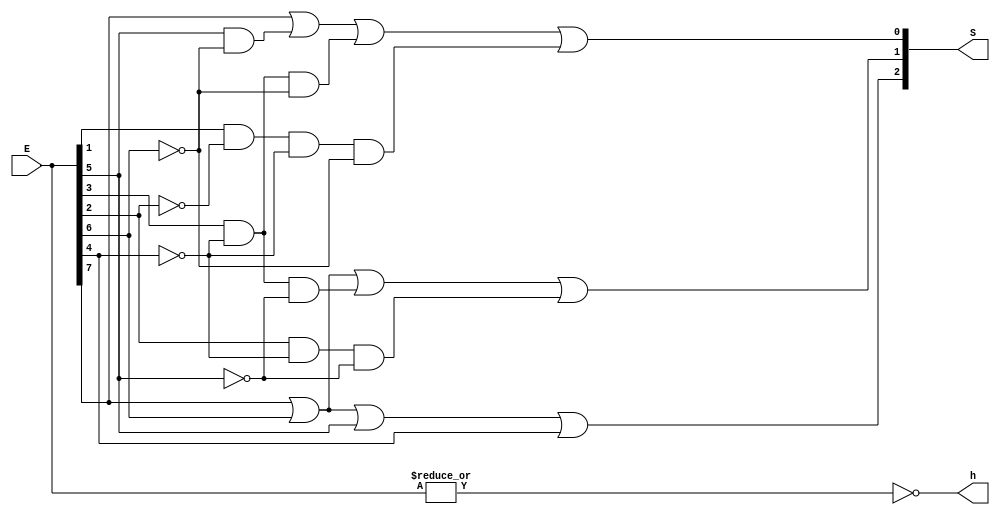
//Decodificador de prioridade de 7 entradas e tres sadas com aviso h de que nenhuma chave est sendo usada
module decodPrioridade_Dataflow(E, S, h);
	input [7:0] E;
	output h;
	output [2:0] S;
	assign S[0]=E[7]|(E[5]&!E[6])|(E[3]&!E[4]&!E[6])|(E[1]&!E[2]&!E[4]&!E[6]);
	assign S[1]=E[7]|E[6]|(E[3]&!E[4]&!E[5])|(E[2]&!E[4]&!E[5]);
	assign S[2]=E[7]|E[6]|E[5]|E[4];
	assign h=!(|E[7:0]);
endmodule